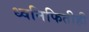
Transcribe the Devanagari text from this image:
ध्वनिफितीही